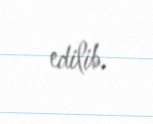
edilib.